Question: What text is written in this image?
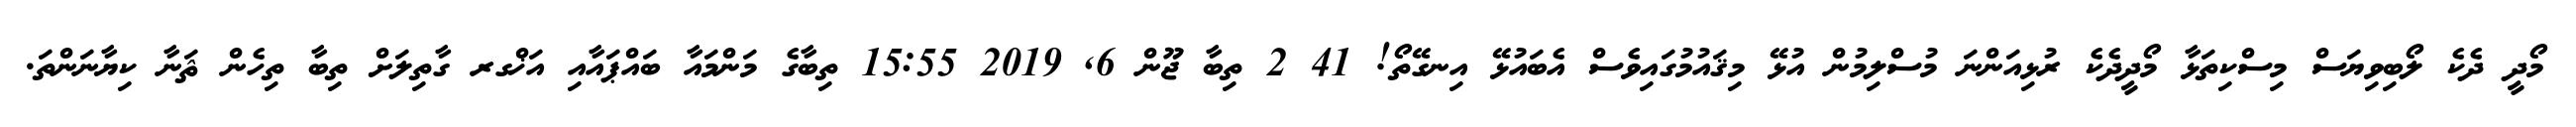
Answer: މޯދީ ދެކެ ލޯބިވިޔަސް މިސްކިތަޅާ މޯދީދެކެ ރުޅިއަންނަ މުސްލިމުން އުޅޭ މިޤައުމުގައިވެސް އެބައުޅޭ އިނގޭތޯ! 41 2 ތިބާ ޖޫން 6, 2019 15:55 ތިބާގެ މަންމައާ ބައްޕައާއި އަޚްގރ ގާތިލަށް ތިބާ ތިހެން ޘަނާ ކިޔާނަންތަ.